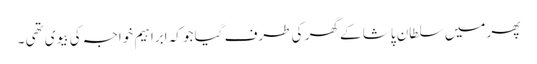
پھر میں سلطان پاشا کے گھر کی طرف گیا جو کہ ابراہیم خواجہ کی بیوی تھی ۔